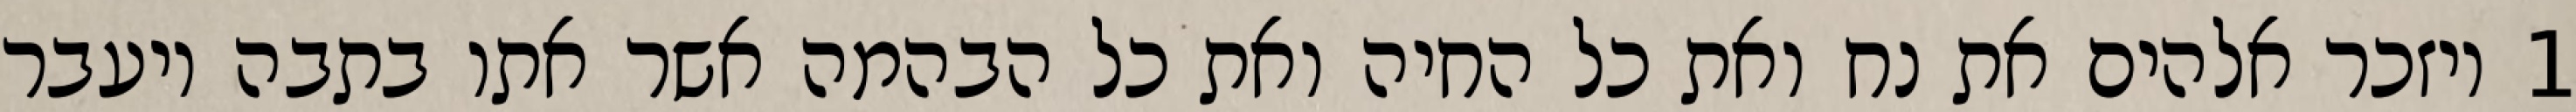
1 ויזכר אלהים את נח ואת כל החיה ואת כל הבהמה אשר אתו בתבה ויעבר